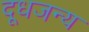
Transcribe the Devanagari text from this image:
दूधजन्य